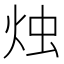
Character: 烛